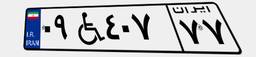
۳۴W۵۲۶۴۰